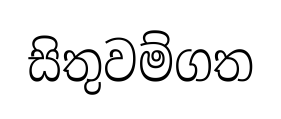
සිතුවම්ගත